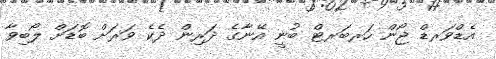
އެޑްވަރޑް ޖޯން ހަރބަރޓް ބުނީ އޭނާގެ ދަރިން ދެކެ ވަރަށް ބޮޑަށް ލޯބިވާ